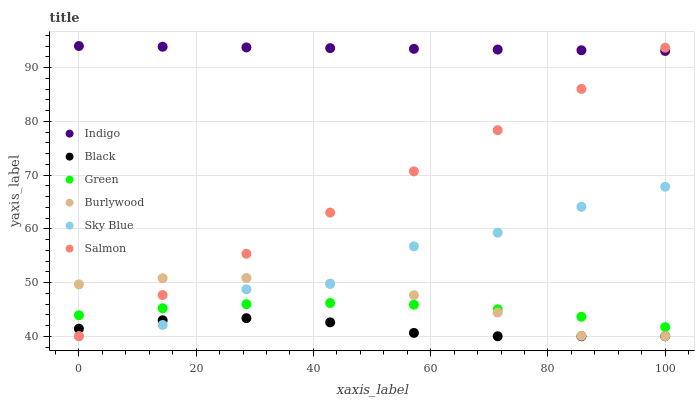
| xaxis_label | Indigo | Black | Green | Burlywood | Sky Blue | Salmon |
 | --- | --- | --- | --- | --- | --- | --- |
 | 0 | 94 | 41.4 | 43.9 | 49.7 | 40 | 40 |
 | 14.3 | 93.9 | 43 | 45.2 | 50.8 | 42.1 | 47.7 |
 | 28.6 | 93.7 | 43.4 | 46 | 50.8 | 48.7 | 55.3 |
 | 42.9 | 93.6 | 42.6 | 46.2 | 49.8 | 49.8 | 63 |
 | 57.1 | 93.5 | 40.6 | 45.9 | 47.6 | 56.7 | 70.7 |
 | 71.4 | 93.3 | 40 | 45 | 44.4 | 59.3 | 78.3 |
 | 85.7 | 93.2 | 40 | 43.6 | 40.1 | 64.1 | 86 |
 | 100 | 93.1 | 40 | 41.7 | 40 | 67.8 | 93.7 |